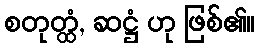
စတုတ္ထံ, ဆဋ္ဌံ ဟု ဖြစ်၏။